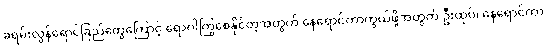
ခရမ်းလွန်ရောင်ခြည်တွေကြောင့် ရောဂါကြွစေနိုင်တဲ့အတွက် နေရောင်ကာကွယ်ဖို့အတွက် ဦးထုပ်၊ နေရောင်ကာ